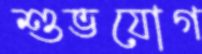
শুভযোগ